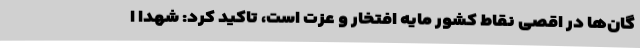
گان‌ها در اقصی نقاط کشور مایه افتخار و عزت است، تاکید کرد: شهدا ا